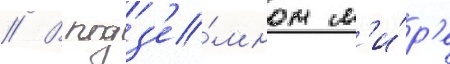
// В подз'е́мном м'и́р'е